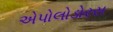
એપોલોડોરસ